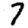
Digit: 7